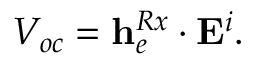
V _ { o c } = { \bf h } _ { e } ^ { R x } \cdot { \bf E } ^ { i } .